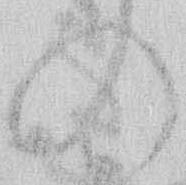
の